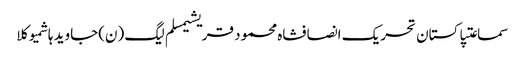
سماعتپاکستان تحریک انصافشاہ محمود قریشیمسلم لیگ (ن)جاوید ہاشمیوکلا